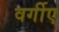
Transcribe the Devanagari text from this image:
वर्गीए